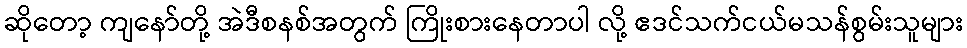
ဆိုတော့ ကျနော်တို့ အဲဒီစနစ်အတွက် ကြိုးစားနေတာပါ လို့ ဧဒင်သက်ငယ်မသန်စွမ်းသူများ